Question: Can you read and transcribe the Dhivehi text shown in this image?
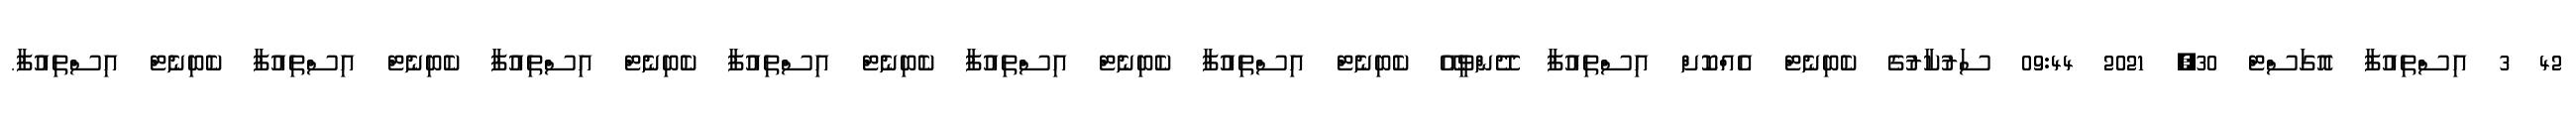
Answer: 42 3 އިސްތިއުފާ އޮގަސްޓް 30, 2021 09:44 ސަރުކާރުގެ ކެބިނެޓް އެއްކޮށް އިސްތިއުފާ ދޭންވީއޭ ކެބިނެޓް އިސްތިއުފާ ކެބިނެޓް އިސްތިއުފާ ކެބިނެޓް އިސްތިއުފާ ކެބިނެޓް އިސްތިއުފާ ކެބިނެޓް އިސްތިއުފާ ކެބިނެޓް އިސްތިއުފާ.